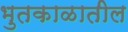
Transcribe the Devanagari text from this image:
भुतकाळातील